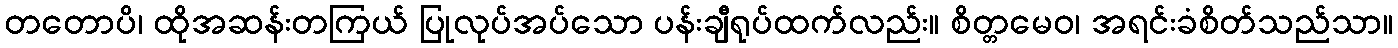
တတောပိ၊ ထိုအဆန်းတကြယ် ပြုလုပ်အပ်သော ပန်းချီရုပ်ထက်လည်း။ စိတ္တမေဝ၊ အရင်းခံစိတ်သည်သာ။